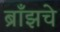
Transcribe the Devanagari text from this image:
ब्राँझचे